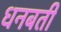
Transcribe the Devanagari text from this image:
धनबती